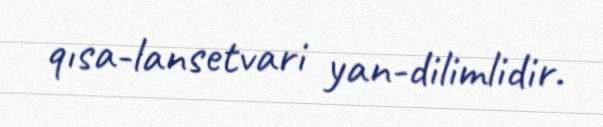
qısa-lansetvari yan-dilimlidir.